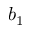
b _ { 1 }